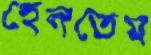
হেলতেম